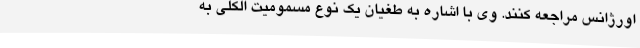
اورژانس مراجعه کنند. وی با اشاره به طغیان یک نوع مسمومیت الکلی به